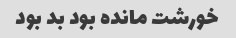
خورشت مانده بود بد بود